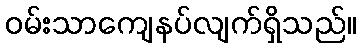
ဝမ်းသာကျေနပ်လျက်ရှိသည်။